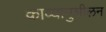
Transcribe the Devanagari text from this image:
काव्यानुशीलन